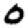
Digit: 0